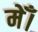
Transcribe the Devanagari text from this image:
मेँ।